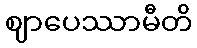
ဈာပေဿာမီတိ